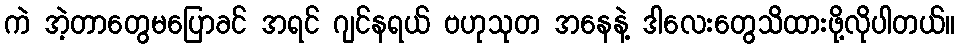
ကဲ အဲ့တာတွေမပြောခင် အရင် ဂျင်နရယ် ဗဟုသုတ အနေနဲ့ ဒါလေးတွေသိထားဖို့လိုပါတယ်။